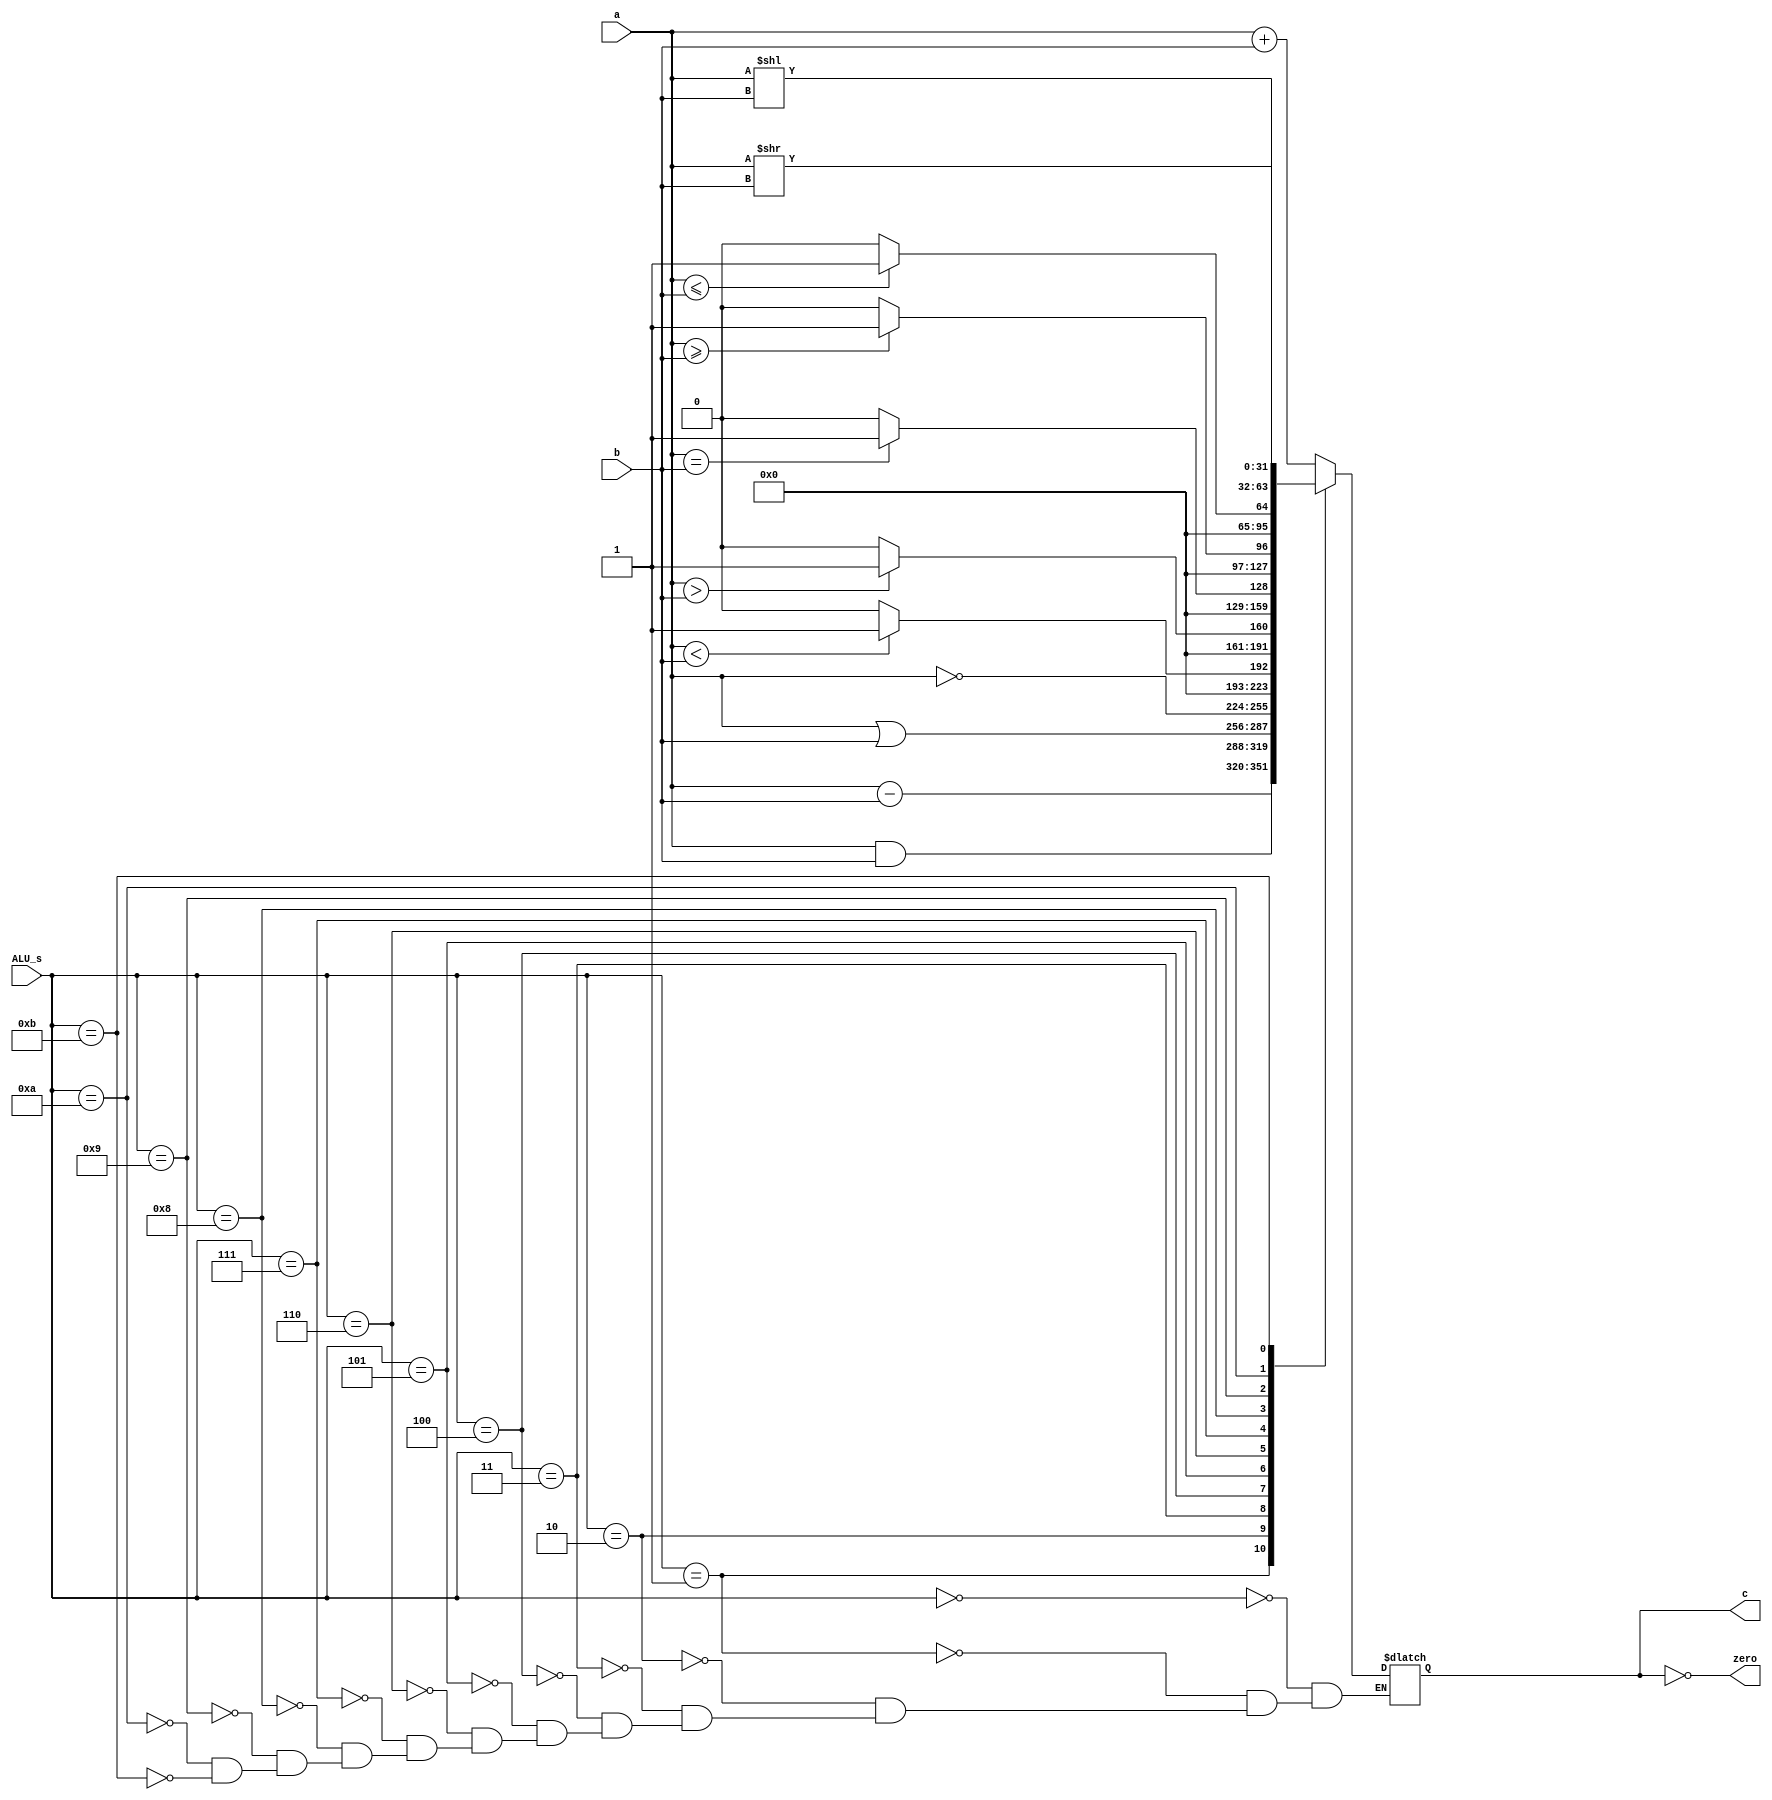
module ALU (
    input [3:0] ALU_s,
    input [31:0] a, b,
    output reg [31:0] c,
    output zero
);

assign zero = (c == 32'b0);
always @(*) begin 
    case (ALU_s) 
        0: c = a + b;
        1: c = a - b;
        2: c = a & b;
        3: c = a | b;
        4: c = ~a;
        5: c = (a < b) ? 1 : 0; // check SLT
        6: c = (a > b) ? 1 : 0;
        7: c = (a == b) ? 1 : 0;
        8: c = (a >= b) ? 1 : 0;
        9: c = (a <= b) ? 1 : 0;
        10: c = a << b;
        11: c = a >> b; 
    endcase
end

endmodule